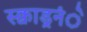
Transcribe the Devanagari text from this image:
स्क्वाड्रनंे